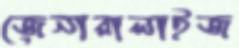
জেনারালাইজ